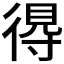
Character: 𢔶